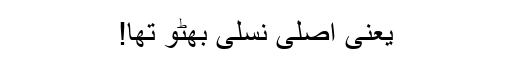
یعنی اصلی نسلی بھٹو تھا!